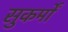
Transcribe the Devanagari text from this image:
सुकर्मों